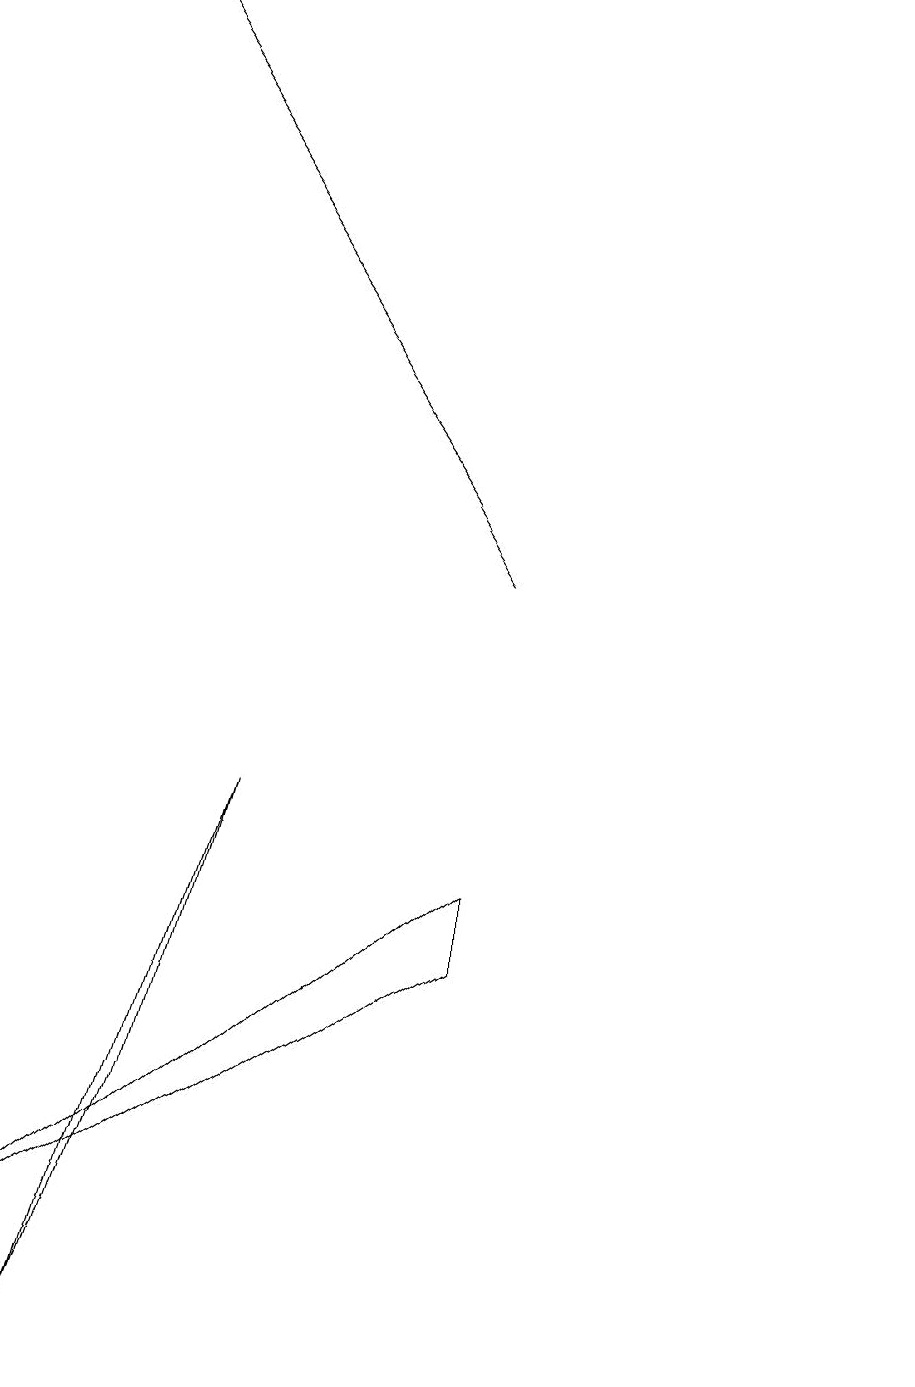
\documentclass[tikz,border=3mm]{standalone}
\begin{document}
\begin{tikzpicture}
\draw (2,3) -- (3,7) -- (1,0) -- cycle;
\draw[->] (6,10) -- (1,17);
\draw (11,11) circle (0);
\draw (6,6) -- (0,1) -- (6,5) -- cycle;
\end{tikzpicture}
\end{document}